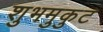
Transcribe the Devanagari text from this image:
शुभमुकुट